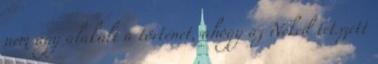
nem úgy alakult a történet, ahogy az Neked tetszett